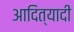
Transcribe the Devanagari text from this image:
आदित्यादी